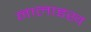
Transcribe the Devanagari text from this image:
नालाइख